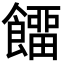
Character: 𩞷